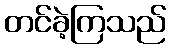
တင်ခဲ့ကြသည်